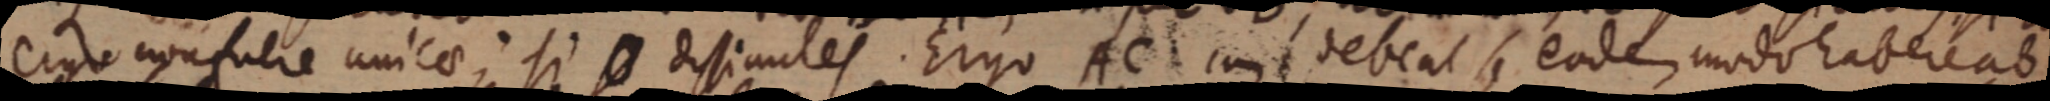
ergo non fuere unicae; si _ dissimules. Ergo AC cum debeat se eodem modo habere ab